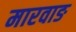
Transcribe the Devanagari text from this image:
मारवाङ